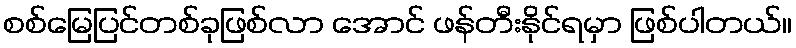
စစ်မြေပြင်တစ်ခုဖြစ်လာ အောင် ဖန်တီးနိုင်ရမှာ ဖြစ်ပါတယ်။